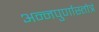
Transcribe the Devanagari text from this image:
अन्नपुर्णास्तोत्रं